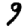
Digit: 9